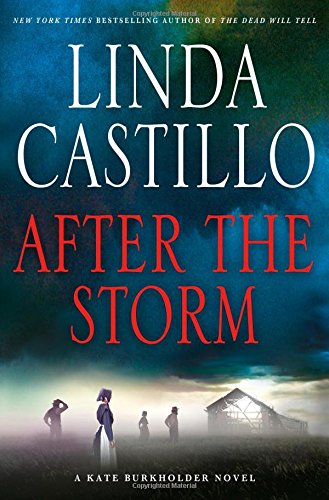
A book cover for After the Storm: A Kate Burkholder Novel; Linda Castillo; Mystery, Thriller & Suspense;